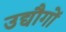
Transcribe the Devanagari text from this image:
उद्यौगों